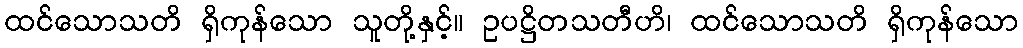
ထင်သောသတိ ရှိကုန်သော သူတို့နှင့်။ ဥပဋ္ဌိတသတီဟိ၊ ထင်သောသတိ ရှိကုန်သော